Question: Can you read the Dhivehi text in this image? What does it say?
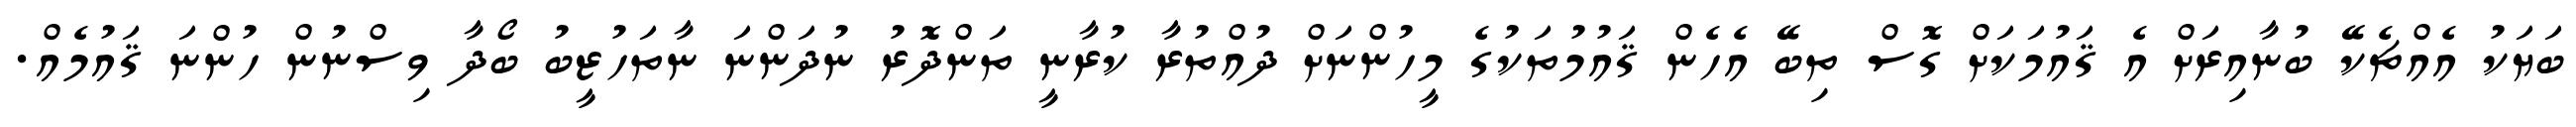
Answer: ބަޔަކު އެއްޗެކޭ ބުނާއިރަށް އެ ޤައުމަކަށް ގޮސް ތިބޭ އެހެން ޤައުމުތަކުގެ މީހުންނަށް ދުއްތުރާ ކުރާނީ ތަންދޮރު ނުދަންނަ ނާތަހުޒީބު ބޯދާ ވިސްނުން ހުންނަ ޤައުމެއް.